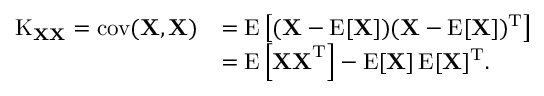
{ \begin{array} { r l } { \operatorname { K } _ { \mathbf { X X } } = \operatorname { c o v } ( \mathbf { X } , \mathbf { X } ) } & { = \operatorname { E } \left[ ( \mathbf { X } - \operatorname { E } [ \mathbf { X } ] ) ( \mathbf { X } - \operatorname { E } [ \mathbf { X } ] ) ^ { \mathrm { T } } \right] } \\ & { = \operatorname { E } \left[ \mathbf { X X } ^ { \mathrm { T } } \right] - \operatorname { E } [ \mathbf { X } ] \operatorname { E } [ \mathbf { X } ] ^ { \mathrm { T } } . } \end{array} }